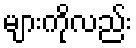
များကိုလည်း